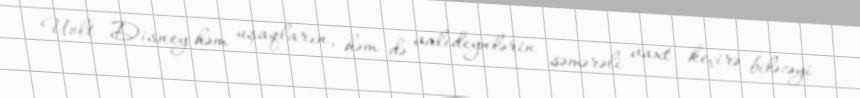
Uolt Disney həm uşaqların, həm də valideynlərin səmərəli vaxt keçirə biləcəyi